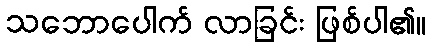
သဘောပေါက် လာခြင်း ဖြစ်ပါ၏။